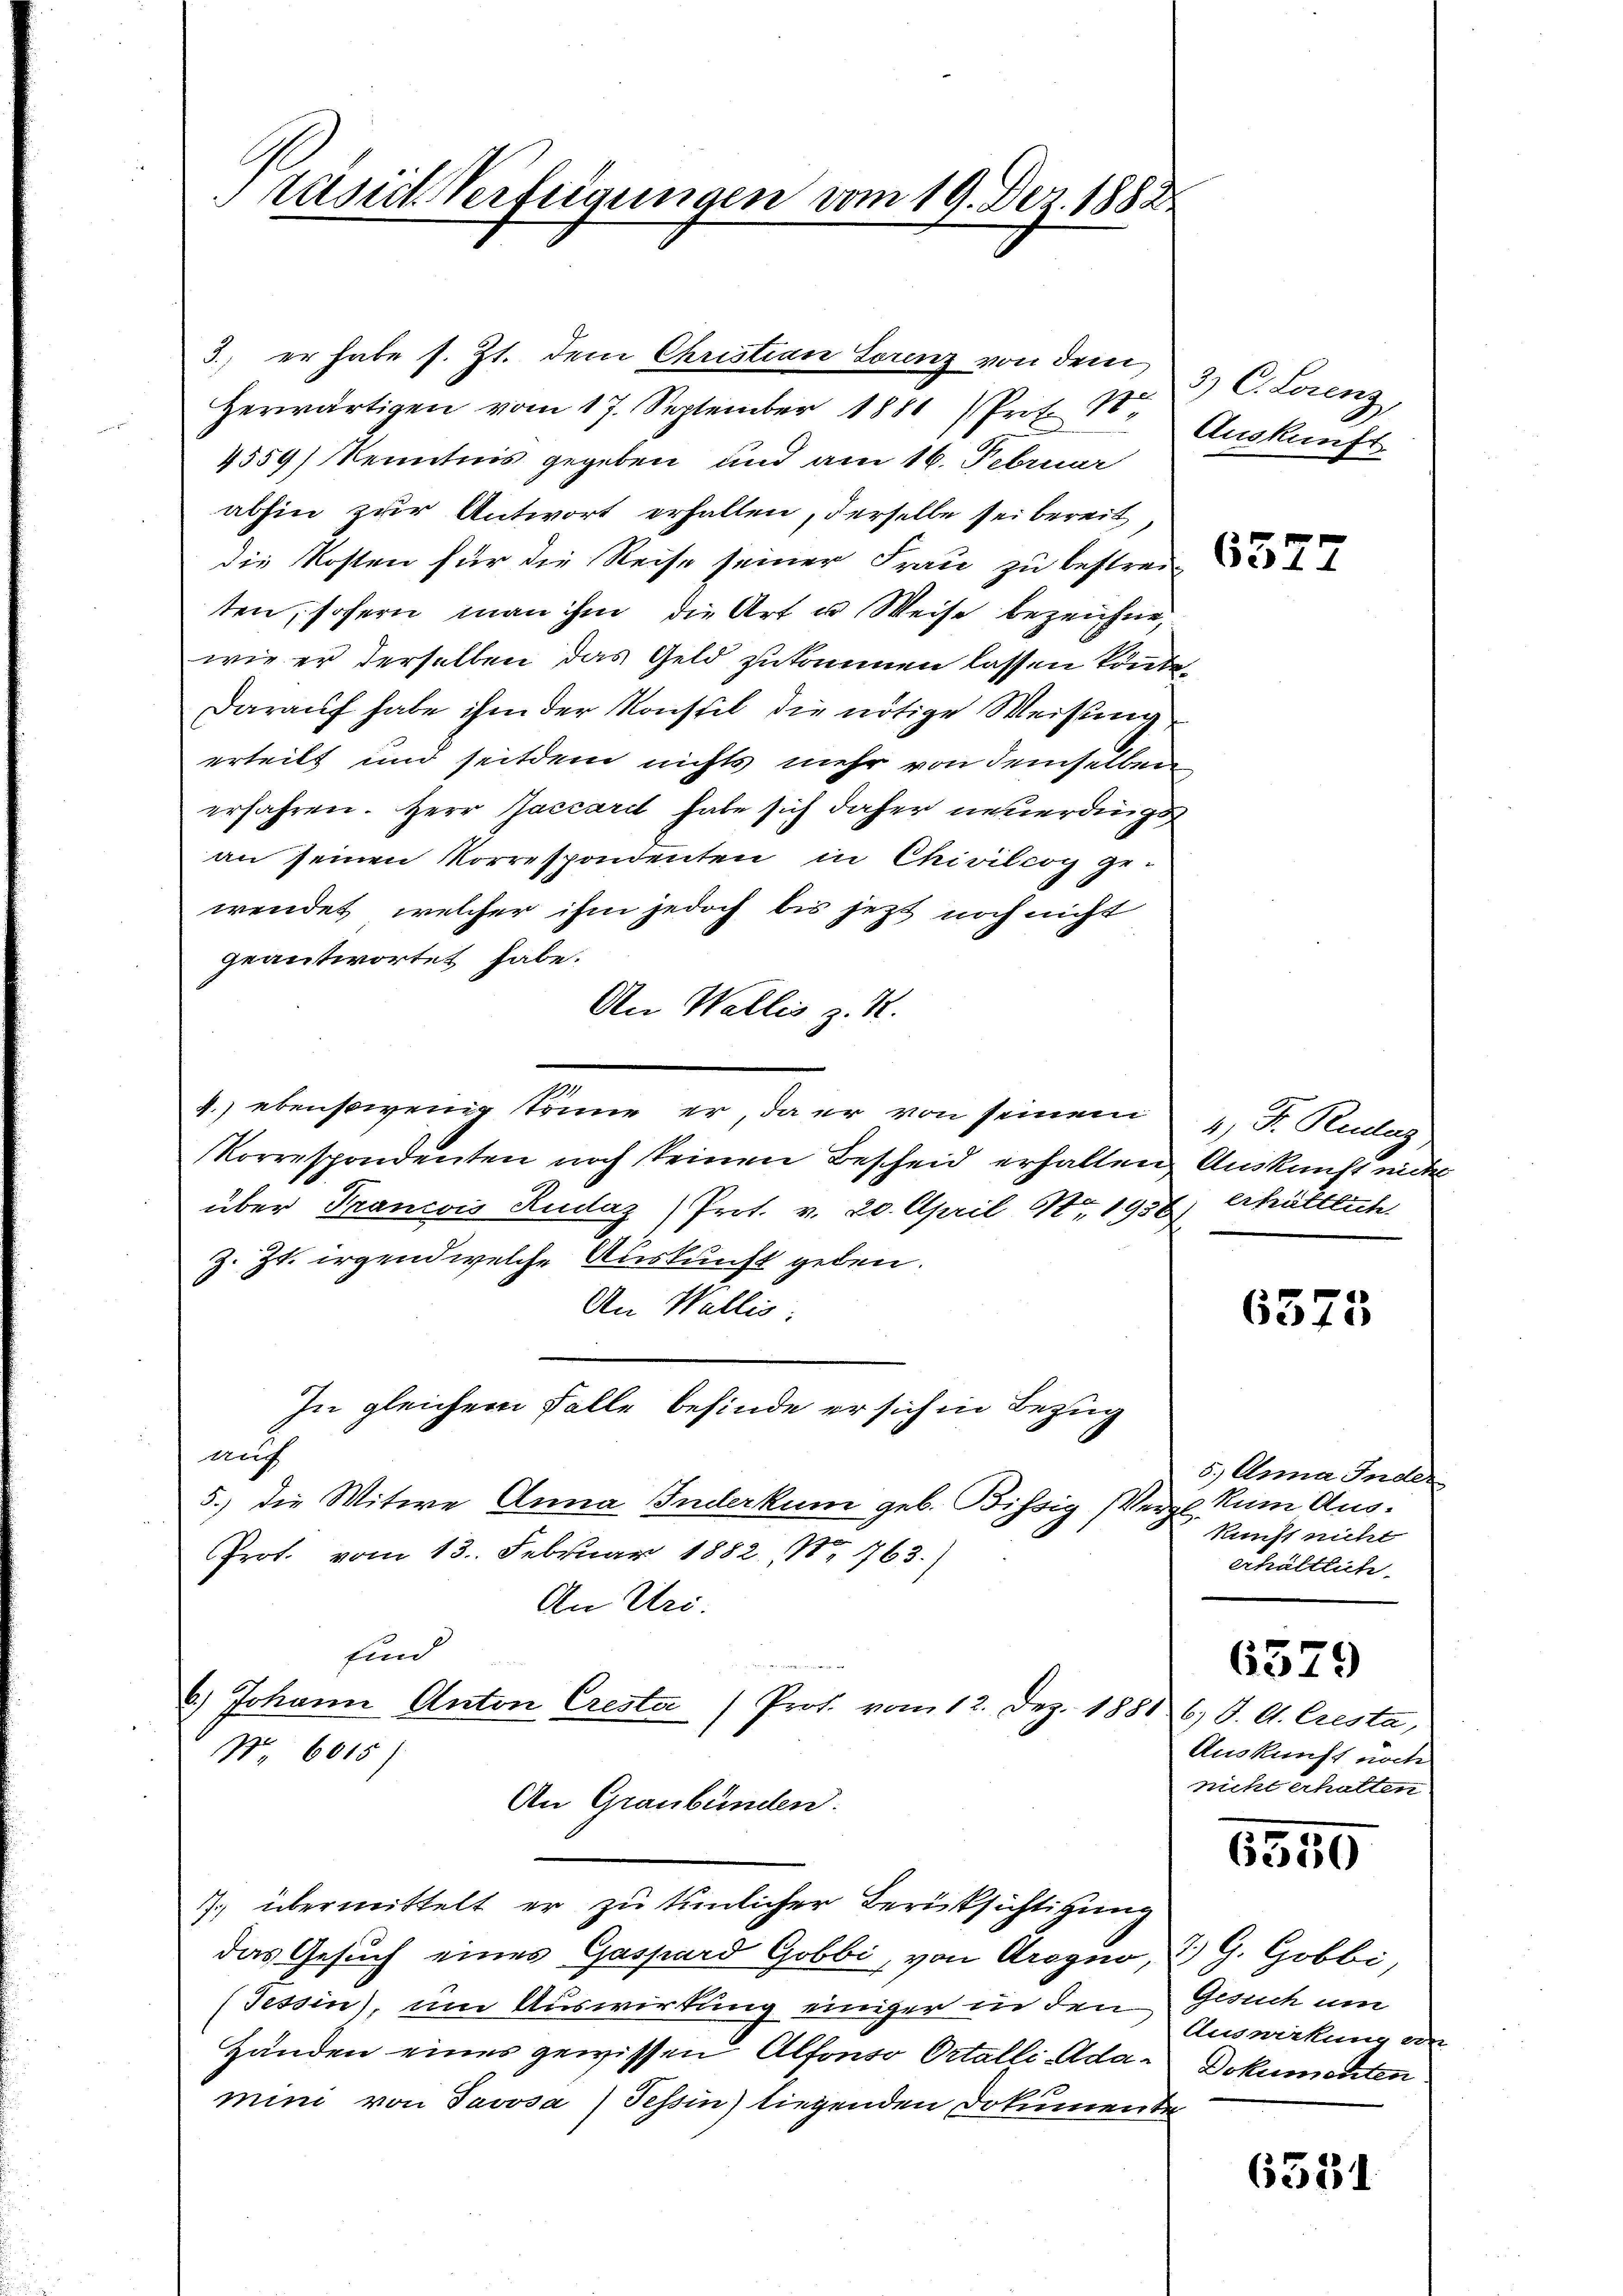
räsid. Verfügungen vom 19. Dez. 1882

Herwärtigen vom 17. September 1881 Prot. S.
4559) Kenntnis gegeben und am 16. Februar
abhin zur Antwort erhalten, derselbe sei bereit
die Kosten für die Reise seiner Frau zu bestreiten, sofern man ihm die Art u Weise bezeichne
wie er derselben das Geld zukommen lassen könte,
Darauf habe ihm der Konstil die nötige Weisung
erteilt und seitdem nichts mehr von demselben
erfahren. Herr Jaccardt habe sich daher neuerdings
an seinen Korrespondenten in Chivilcog ge-
wendet, welcher ihm jedoch bis jetzt noch nicht
geantwortet habe.
An Wallis z. R.
z
4.) ebensowenig könne er, da er von seinem 2. F. Rudaz
Korrespondenten noch keinen Bescheid erhalten Auskunft unter
über Francois Rudaz) Prot. v. 20. April 17, 1936) erhältlich
z. Zt. irgend welche Auskunft geben.
An Wallis:
In gleichem Falle befinde er sich in Bezug
auf
5.) Die Witwe Anna Inderkum geb. Bissig Vergl. Rum Aus¬
Prot. vom 13. Februar 1882, No. 763.)
An Uri.
sind
6.) Johann Anton Cresta /Prof. vom 12. Dez. 1881 6) S. A. Cresta
No 6015)
An Graubünden.
7.) übermittelt er zu tunlicher Berücksichtigung
das Gesuch eines Gaspard Gobbi, von Groquo, J. G. Gobbi,
(Tessin, um Auswirkung einiger in den Gesuch um
Händen eines gewissen Alfonso Ortalli Ada-Dokumenten
mini von Javosa) Tessin liegenden Dokumente

3., er habe s. Zt. dem Christian Lorenz von dem

3) C. Lorenz,
Auskunft

6377

6375

5.) Anna Inder
kunft nicht
erhältlich

6379

Auskunft noch
nicht erhalten

6550

Auswirkung an

6331